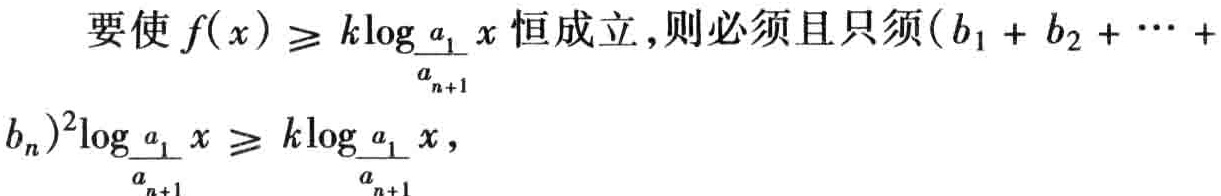
要使\(f(x) \geq k\log_{\frac{a_1}{a_{n + 1}}}x\)恒成立，则必须且只须\((b_1 + b_2 + \cdots + b_n)^2\log_{\frac{a_1}{a_{n + 1}}}x \geq k\log_{\frac{a_1}{a_{n + 1}}}x\)，